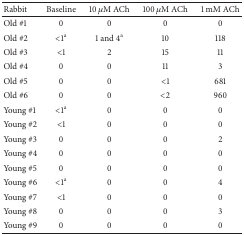
<table><thead><tr><td><b>Rabbit</b></td><td><b>Baseline</b></td><td><b>10 <i>μ</i>M ACh</b></td><td><b>100 <i>μ</i>M ACh</b></td><td><b>1 mM ACh</b></td></tr></thead><tbody><tr><td>Old #1</td><td>0</td><td>0</td><td>0</td><td>0</td></tr><tr><td>Old #2</td><td>&lt;1<sup>a</sup></td><td>1 and 4<sup>a</sup></td><td>10</td><td>118</td></tr><tr><td>Old #3</td><td>&lt;1</td><td>2</td><td>15</td><td>11</td></tr><tr><td>Old #4</td><td>0</td><td>0</td><td>11</td><td>3</td></tr><tr><td>Old #5</td><td>0</td><td>0</td><td>&lt;1</td><td>681</td></tr><tr><td>Old #6</td><td>0</td><td>0</td><td>&lt;2</td><td>960</td></tr><tr><td>Young #1</td><td>&lt;1<sup>a</sup></td><td>0</td><td>0</td><td>0</td></tr><tr><td>Young #2</td><td>&lt;1</td><td>0</td><td>0</td><td>0</td></tr><tr><td>Young #3</td><td>0</td><td>0</td><td>0</td><td>2</td></tr><tr><td>Young #4</td><td>0</td><td>0</td><td>0</td><td>0</td></tr><tr><td>Young #5</td><td>0</td><td>0</td><td>0</td><td>0</td></tr><tr><td>Young #6</td><td>&lt;1<sup>a</sup></td><td>0</td><td>0</td><td>4</td></tr><tr><td>Young #7</td><td>&lt;1</td><td>0</td><td>0</td><td>0</td></tr><tr><td>Young #8</td><td>0</td><td>0</td><td>0</td><td>3</td></tr><tr><td>Young #9</td><td>0</td><td>0</td><td>0</td><td>0</td></tr></tbody></table>